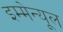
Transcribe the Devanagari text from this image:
इम्मेन्यूल